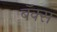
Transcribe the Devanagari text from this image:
बॅक्स